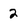
Character: 2